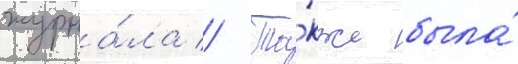
журна́ла // Та́кже была́